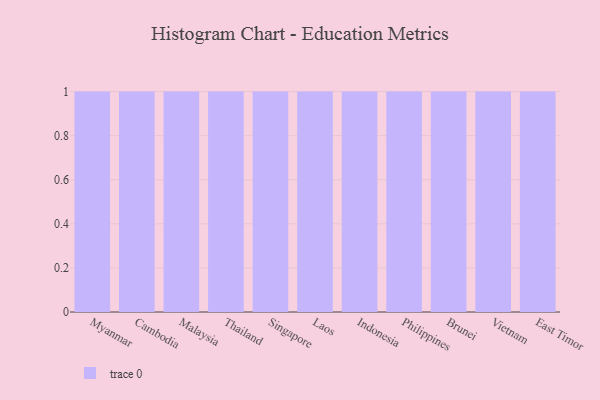
{"axis": {"x": "Country", "y": "Bounce Rate (%)"}, "legend": [""], "data": [{"x": "Myanmar", "y": 17, "type": ""}, {"x": "Cambodia", "y": 94, "type": ""}, {"x": "Malaysia", "y": 98, "type": ""}, {"x": "Thailand", "y": 23, "type": ""}, {"x": "Singapore", "y": 9, "type": ""}, {"x": "Laos", "y": 34, "type": ""}, {"x": "Indonesia", "y": 73, "type": ""}, {"x": "Philippines", "y": 22, "type": ""}, {"x": "Brunei", "y": 94, "type": ""}, {"x": "Vietnam", "y": 67, "type": ""}, {"x": "East Timor", "y": 38, "type": ""}]}